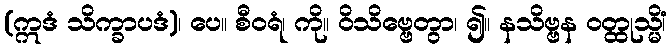
(ဣဒံ သိက္ခာပဒံ)၊ ပေ။ စီဝရံ၊ ကို။ ဝိသိဗ္ဗေတွာ၊ ၍။ နသိဗ္ဗန ဝတ္ထုသ္မိံ၊